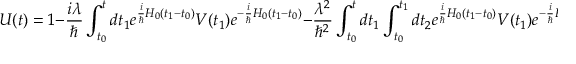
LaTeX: U ( t ) = 1 - { \frac { i \lambda } { \hbar } } \int _ { t _ { 0 } } ^ { t } d t _ { 1 } e ^ { { \frac { i } { \hbar } } H _ { 0 } ( t _ { 1 } - t _ { 0 } ) } V ( t _ { 1 } ) e ^ { - { \frac { i } { \hbar } } H _ { 0 } ( t _ { 1 } - t _ { 0 } ) } - { \frac { \lambda ^ { 2 } } { \hbar ^ { 2 } } } \int _ { t _ { 0 } } ^ { t } d t _ { 1 } \int _ { t _ { 0 } } ^ { t _ { 1 } } d t _ { 2 } e ^ { { \frac { i } { \hbar } } H _ { 0 } ( t _ { 1 } - t _ { 0 } ) } V ( t _ { 1 } ) e ^ { - { \frac { i } { \hbar } } H _ { 0 } ( t _ { 1 } - t _ { 0 } ) } e ^ { { \frac { i } { \hbar } } H _ { 0 } ( t _ { 2 } - t _ { 0 } ) } V ( t _ { 2 } ) e ^ { - { \frac { i } { \hbar } } H _ { 0 } ( t _ { 2 } - t _ { 0 } ) } + \cdots